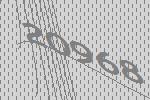
20968